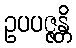
ဥပပဇ္ဇန္တိ